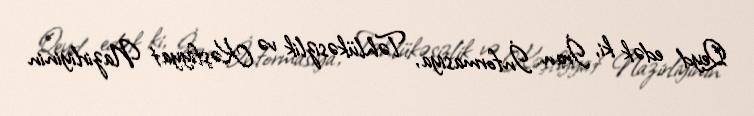
Qeyd edək ki, İran İnformasiya, Təhlükəsizlik və Kəşfiyyat Nazirliyinin